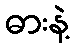
ဓားနဲ့